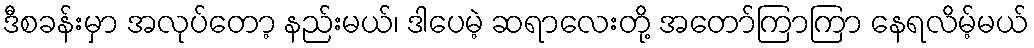
ဒီစခန်းမှာ အလုပ်တော့ နည်းမယ်၊ ဒါပေမဲ့ ဆရာလေးတို့ အတော်ကြာကြာ နေရလိမ့်မယ်